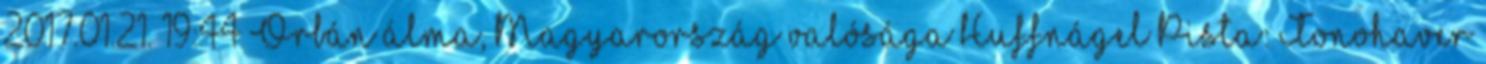
2017.01.21. 19:44 Orbán álma, Magyarország valósága Huffnágel Pista: Tonohaver